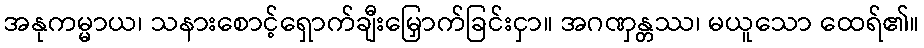
အနုကမ္မာယ၊ သနားစောင့်ရှောက်ချီးမြှောက်ခြင်းငှာ။ အဂဏှန္တဿ၊ မယူသော ထေရ်၏။